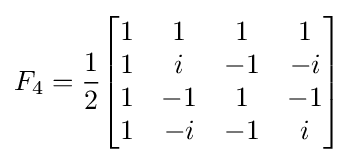
F_{4}={\frac {1}{2}}{\begin{bmatrix}1&1&1&1\\1&i&-1&-i\\1&-1&1&-1\\1&-i&-1&i\end{bmatrix}}